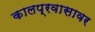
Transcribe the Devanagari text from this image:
कालप्रवासावर